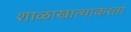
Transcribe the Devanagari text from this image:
शाळाखात्याकरता